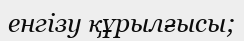
енгізу құрылғысы;